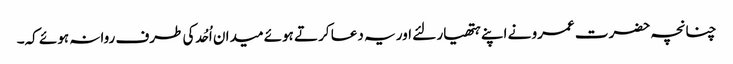
چنانچہ حضرت عمرو نے اپنے ہتھیار لئے اور یہ دعا کرتے ہوئے میدان اُحُد کی طرف روانہ ہوئے کہ۔